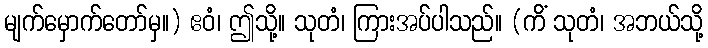
မျက်မှောက်တော်မှ။) ဧဝံ၊ ဤသို့။ သုတံ၊ ကြားအပ်ပါသည်။ (ကိံ သုတံ၊ အဘယ်သို့